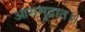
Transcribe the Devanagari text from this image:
आसमुद्रात।।